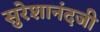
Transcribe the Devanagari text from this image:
सुरेशानंदजी